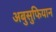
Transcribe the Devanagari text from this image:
अबुसुफियान